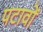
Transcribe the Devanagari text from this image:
पटावों